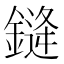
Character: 𰽂